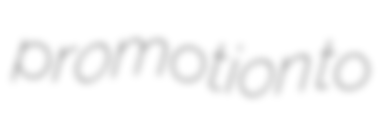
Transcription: promotion to